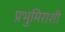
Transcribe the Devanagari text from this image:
प्रभुमिराशी